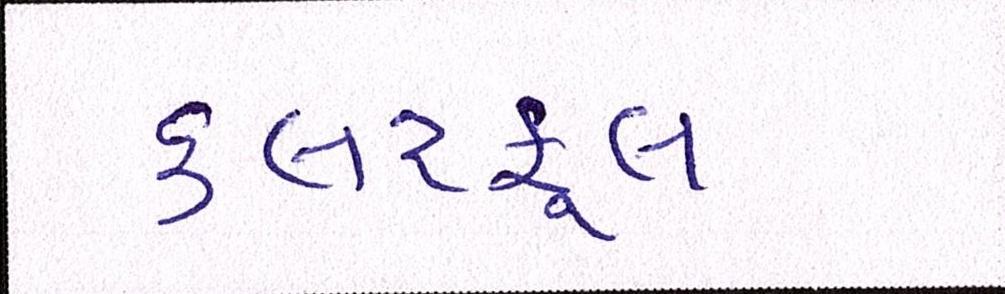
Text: કલરફૂલ